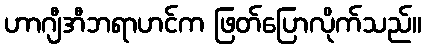
ဟာဂျီအီဘရာဟင်က ဖြတ်ပြောလိုက်သည်။